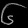
Digit: ၆